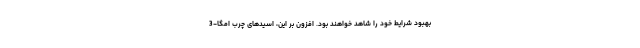
بهبود شرایط خود را شاهد خواهند بود. افزون بر این، اسیدهای چرب امگا-3